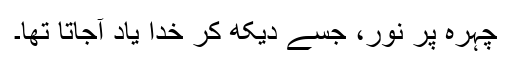
چہرہ پُر نور، جسے دیکھ کر خدا یاد آجاتا تھا۔